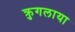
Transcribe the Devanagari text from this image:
क्रुगलाया